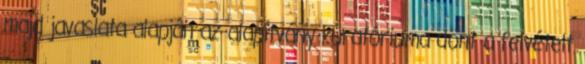
majd javaslata alapján az alapítvány kuratóriuma dönt a felvételt